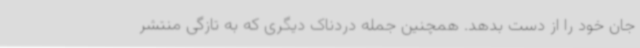
جان خود را از دست بدهد. همچنین جمله دردناک دیگری که به‌ تازگی منتشر